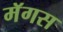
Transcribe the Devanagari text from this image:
मॅगस